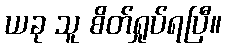
ယခု သူ စိတ်ရှုပ်ရပြီ။